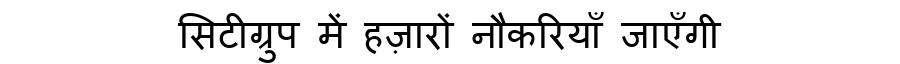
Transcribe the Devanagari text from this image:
सिटीग्रुप में हज़ारों नौकरियाँ जाएँगी